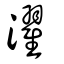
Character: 濯